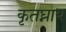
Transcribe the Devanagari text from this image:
कृतघ्नाय